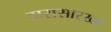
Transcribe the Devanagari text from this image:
हारासारखा